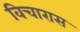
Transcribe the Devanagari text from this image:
विचारास